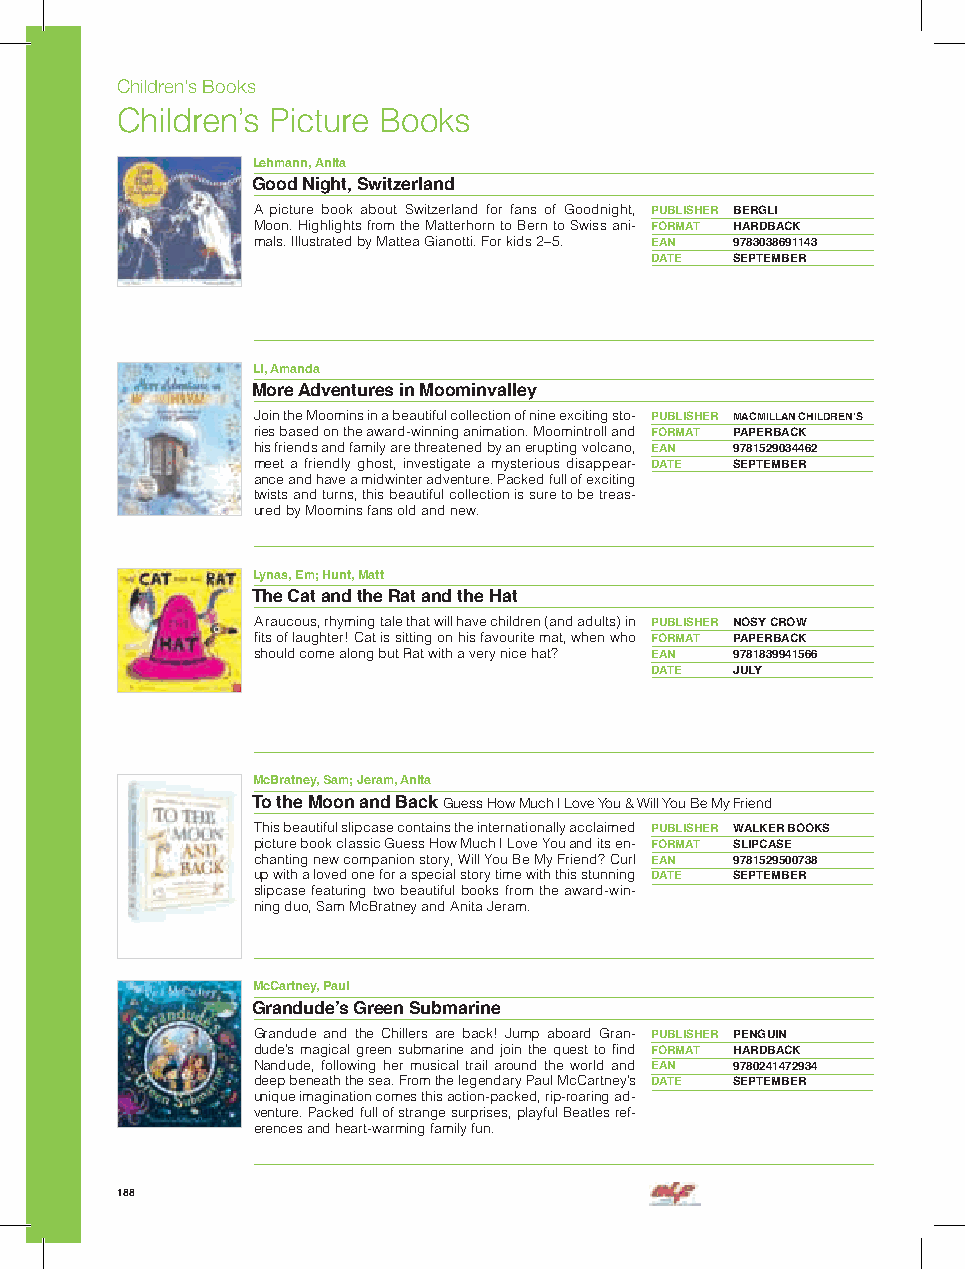
Children’s Books
 Children’s Picture Books
 Lehmann, Anita
 Good Night, Switzerland
 A picture book about Switzerland for fans of Goodnight, PUBLISHER BERGLI
 Moon. Highlights from the Matterhorn to Bern to Swiss ani- FORMAT HARDBACK
 mals. Illustrated by Mattea Gianotti. For kids 2–5. EAN 9783038691143
 DATE  SEPTEMBER
 Li, Amanda
 More Adventures in Moominvalley
 Join the Moomins in a beautiful collection of nine exciting sto- PUBLISHER MACMILLAN CHILDREN’S
 ries based on the award-winning animation. Moomintroll and FORMAT PAPERBACK
 his friends and family are threatened by an erupting volcano, EAN 9781529034462
 meet a friendly ghost, investigate a mysterious disappear- DATE SEPTEMBER
 ance and have a midwinter adventure. Packed full of exciting
 twists and turns, this beautiful collection is sure to be treas-
 ured by Moomins fans old and new.
 Lynas, Em; Hunt, Matt
 The Cat and the Rat and the Hat
 A raucous, rhyming tale that will have children (and adults) in PUBLISHER NOSY CROW
 fits of laughter! Cat is sitting on his favourite mat, when who FORMAT PAPERBACK
 should come along but Rat with a very nice hat? EAN 9781839941566
 DATE  JULY
 McBratney, Sam; Jeram, Anita
 To the Moon and Back Guess How Much I Love You & Will You Be My Friend
 This beautiful slipcase contains the internationally acclaimed PUBLISHER WALKER BOOKS
 picture book classic Guess How Much I Love You and its en- FORMAT SLIPCASE
 chanting new companion story, Will You Be My Friend? Curl EAN 9781529500738
 up with a loved one for a special story time with this stunning DATE SEPTEMBER
 slipcase featuring two beautiful books from the award-win-
 ning duo, Sam McBratney and Anita Jeram.
 McCartney, Paul
 Grandude’s Green Submarine
 Grandude and the Chillers are back! Jump aboard Gran- PUBLISHER PENGUIN
 dude’s magical green submarine and join the quest to find FORMAT HARDBACK
 Nandude, following her musical trail around the world and EAN 9780241472934
 deep beneath the sea. From the legendary Paul McCartney’s DATE SEPTEMBER
 unique imagination comes this action-packed, rip-roaring ad-
 venture. Packed full of strange surprises, playful Beatles ref-
 erences and heart-warming family fun.
 188